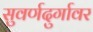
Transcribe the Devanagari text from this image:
सुवर्णदुर्गावर